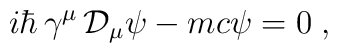
i \hbar \, \gamma^\mu \, {\mathcal D}_\mu \psi - m c \psi = 0 \; ,